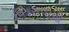
વિકસવાની